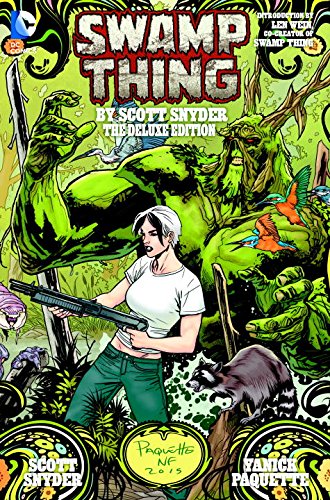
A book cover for Swamp Thing By Scott Snyder Deluxe Edition (The New 52); Scott Snyder; Comics & Graphic Novels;